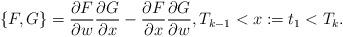
LaTeX: \begin{align*}\{F,G\}=\frac{\partial F}{\partial w}\frac{\partial G}{\partial x}-\frac{\partial F}{\partial x}\frac{\partial G}{\partial w}, T_{k-1}<x:=t_1<T_k.\end{align*}